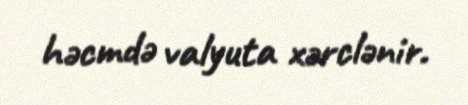
həcmdə valyuta xərclənir.